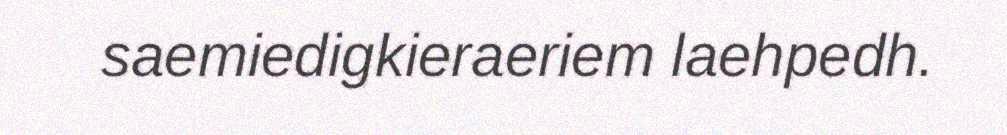
saemiedigkieraeriem laehpedh.